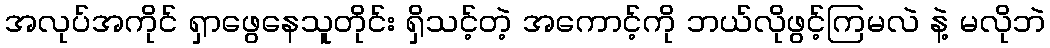
အလုပ်အကိုင် ရှာဖွေနေသူတိုင်း ရှိသင့်တဲ့ အကောင့်ကို ဘယ်လိုဖွင့်ကြမလဲ နဲ့ မလိုဘဲ